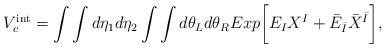
LaTeX: \begin{align*}V^{\rm int}_c=\int\int d\eta_1 d\eta_2\int\int d\theta_L d\theta_R Exp\biggl[E_I X^I + {\bar E}_{\bar I}{\bar X}^{\bar I}\biggr],\end{align*}